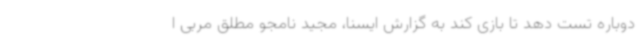
دوباره تست دهد تا بازی کند به گزارش ایسنا، مجید نامجو مطلق مربی ا